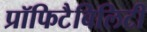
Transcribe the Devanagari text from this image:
प्रॉफिटैबिलिटी